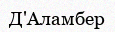
Д'Аламбер